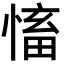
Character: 慉